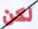
لكن